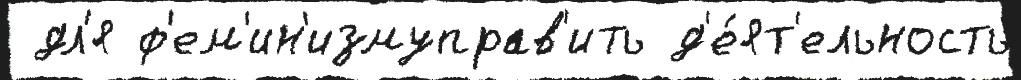
 дл'я ф'ем'ин'измуправ'ить д'е́ят'ельность